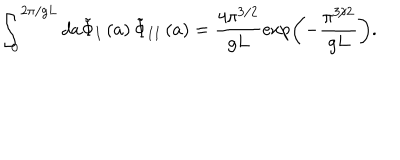
\int _ { 0 } ^ { 2 \pi / g L } d a \tilde { \Phi } _ { I } \left( a \right) \tilde { \Phi } _ { I I } \left( a \right) = \frac { 4 \pi ^ { 3 / 2 } } { g L } \exp \left( - \frac { \pi ^ { 3 / 2 } } { g L } \right) .